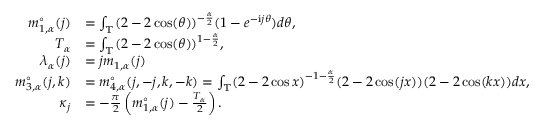
\begin{array} { r l } { m _ { 1 , \alpha } ^ { \circ } ( j ) } & { = \int _ { \mathbb { T } } ( 2 - 2 \cos ( \theta ) ) ^ { - \frac { \alpha } 2 } ( 1 - e ^ { - \mathrm { i } j \theta } ) d \theta , } \\ { T _ { \alpha } } & { = \int _ { \mathbb { T } } ( 2 - 2 \cos ( \theta ) ) ^ { 1 - \frac { \alpha } 2 } , } \\ { \lambda _ { \alpha } ( j ) } & { = j m _ { 1 , \alpha } ( j ) } \\ { m _ { 3 , \alpha } ^ { \circ } ( j , k ) } & { = m _ { 4 , \alpha } ^ { \circ } ( j , - j , k , - k ) = \int _ { \mathbb { T } } ( 2 - 2 \cos x ) ^ { - 1 - \frac { \alpha } 2 } ( 2 - 2 \cos ( j x ) ) ( 2 - 2 \cos ( k x ) ) d x , } \\ { \kappa _ { j } } & { = - \frac { \pi } 2 \left( m _ { 1 , \alpha } ^ { \circ } ( j ) - \frac { T _ { \alpha } } 2 \right) . } \end{array}